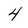
Character: 4